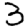
Digit: 3